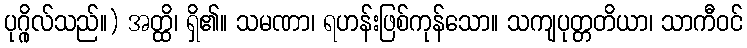
ပုဂ္ဂိုလ်သည်။) အတ္ထိ၊ ရှိ၏။ သမဏာ၊ ရဟန်းဖြစ်ကုန်သော။ သကျပုတ္တတိယာ၊ သာကီဝင်